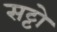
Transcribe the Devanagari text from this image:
सट्टो